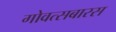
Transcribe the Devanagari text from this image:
गोवत्सबारस